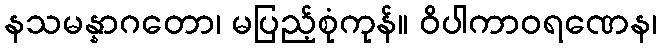
နသမန္နာဂတော၊ မပြည့်စုံကုန်။ ဝိပါကာဝရဏေန၊